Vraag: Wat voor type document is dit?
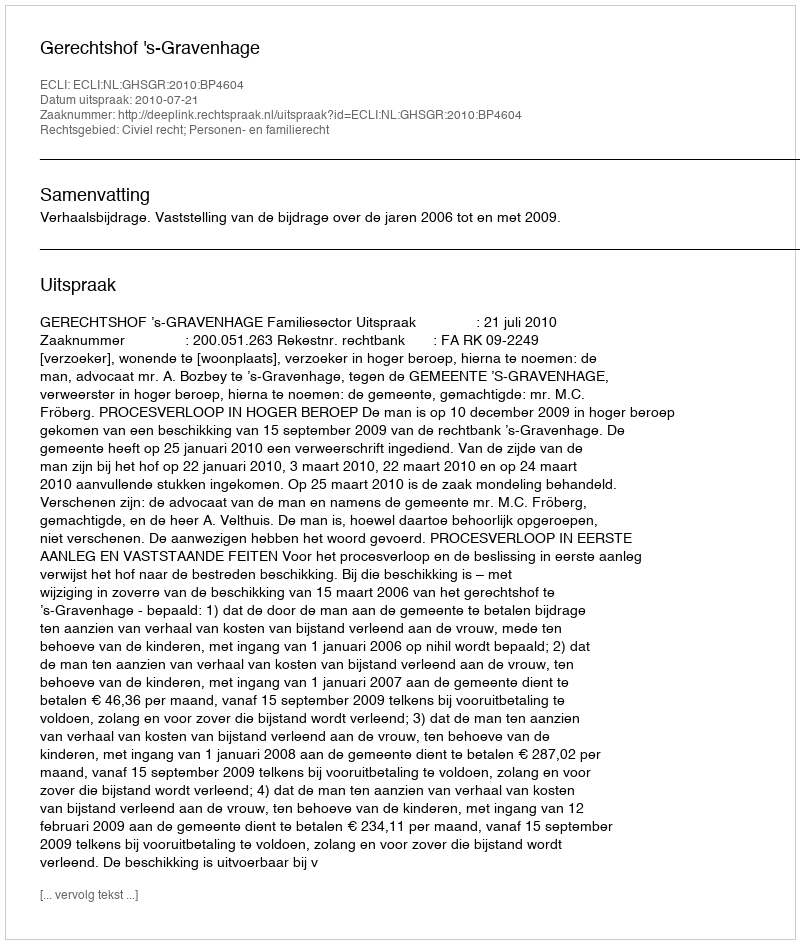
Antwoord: Uitspraak